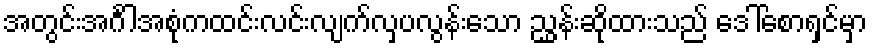
အတွင်းအင်္ဂါအစုံကထင်းလင်းလျက်လှပလွန်းသော ညွှန်းဆိုထားသည် ဒေါ်စောရှင်မှာ